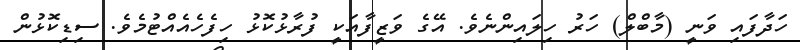
ހަދާފައި ވަނީ (މާބްލް) ހަރު ހިލައިންނެވެ. އޭގެ ވަޒީފާއަކީ ފުރާޅުކޮޅު ހިފެހެއެއްޓުމެވެ. ސިޑިކޮޅުން